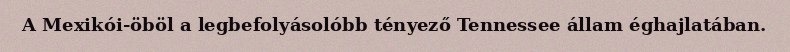
A Mexikói-öböl a legbefolyásolóbb tényező Tennessee állam éghajlatában.